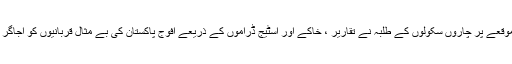
اس موقعے پر چاروں سکولوں کے طلبہ نے تقاریر ، خاکے اور اسٹیج ڈراموں کے ذریعے افوج پاکستان کی بے مثال قربانیوں کو اُجاگر کیا ۔